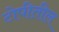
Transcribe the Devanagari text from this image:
टोपीतील